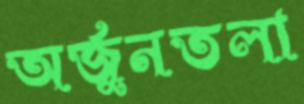
অর্জুনতলা